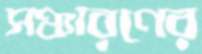
সঞ্চারণের